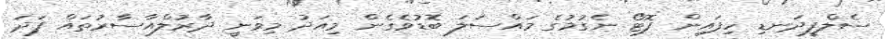
ސެލްފީދަނޑި ހިފައިން ފޮޓޯ ނެގުމުގެ މައްސަލަ ބޮޑުވެގެން މިއަދު މިވަނީ ދާރުލްއާސާރުތައް ފަދަ